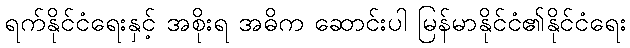
ရက်နိုင်ငံရေးနှင့် အစိုးရ အဓိက ဆောင်းပါ မြန်မာနိုင်ငံ၏နိုင်ငံရေး